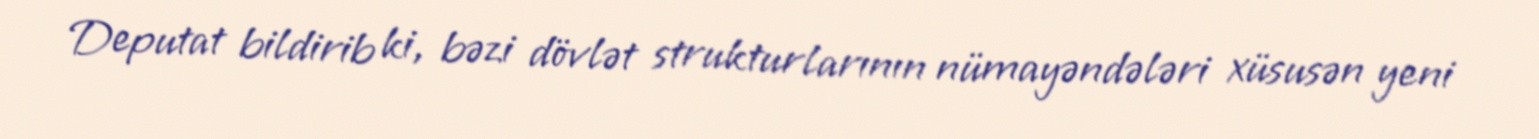
Deputat bildirib ki, bəzi dövlət strukturlarının nümayəndələri xüsusən yeni